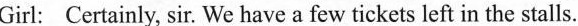
Girl: Certainly, sir We have a few tickets left in the stalls.